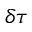
\delta \tau